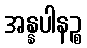
အန္နပါနဉ္စ